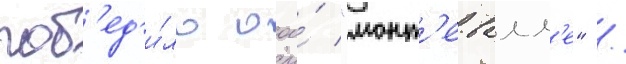
поб'ед'и́ло ооо́ "монт'е-валл'е" /